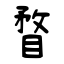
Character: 瞀